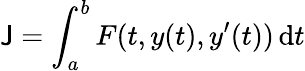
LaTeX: \mathsf{J}=\int_{a}^{b}F(t,y(t),y^{\prime}(t))\, \mathrm{{d}}t